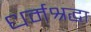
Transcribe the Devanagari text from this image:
धर्मश्रद्धा